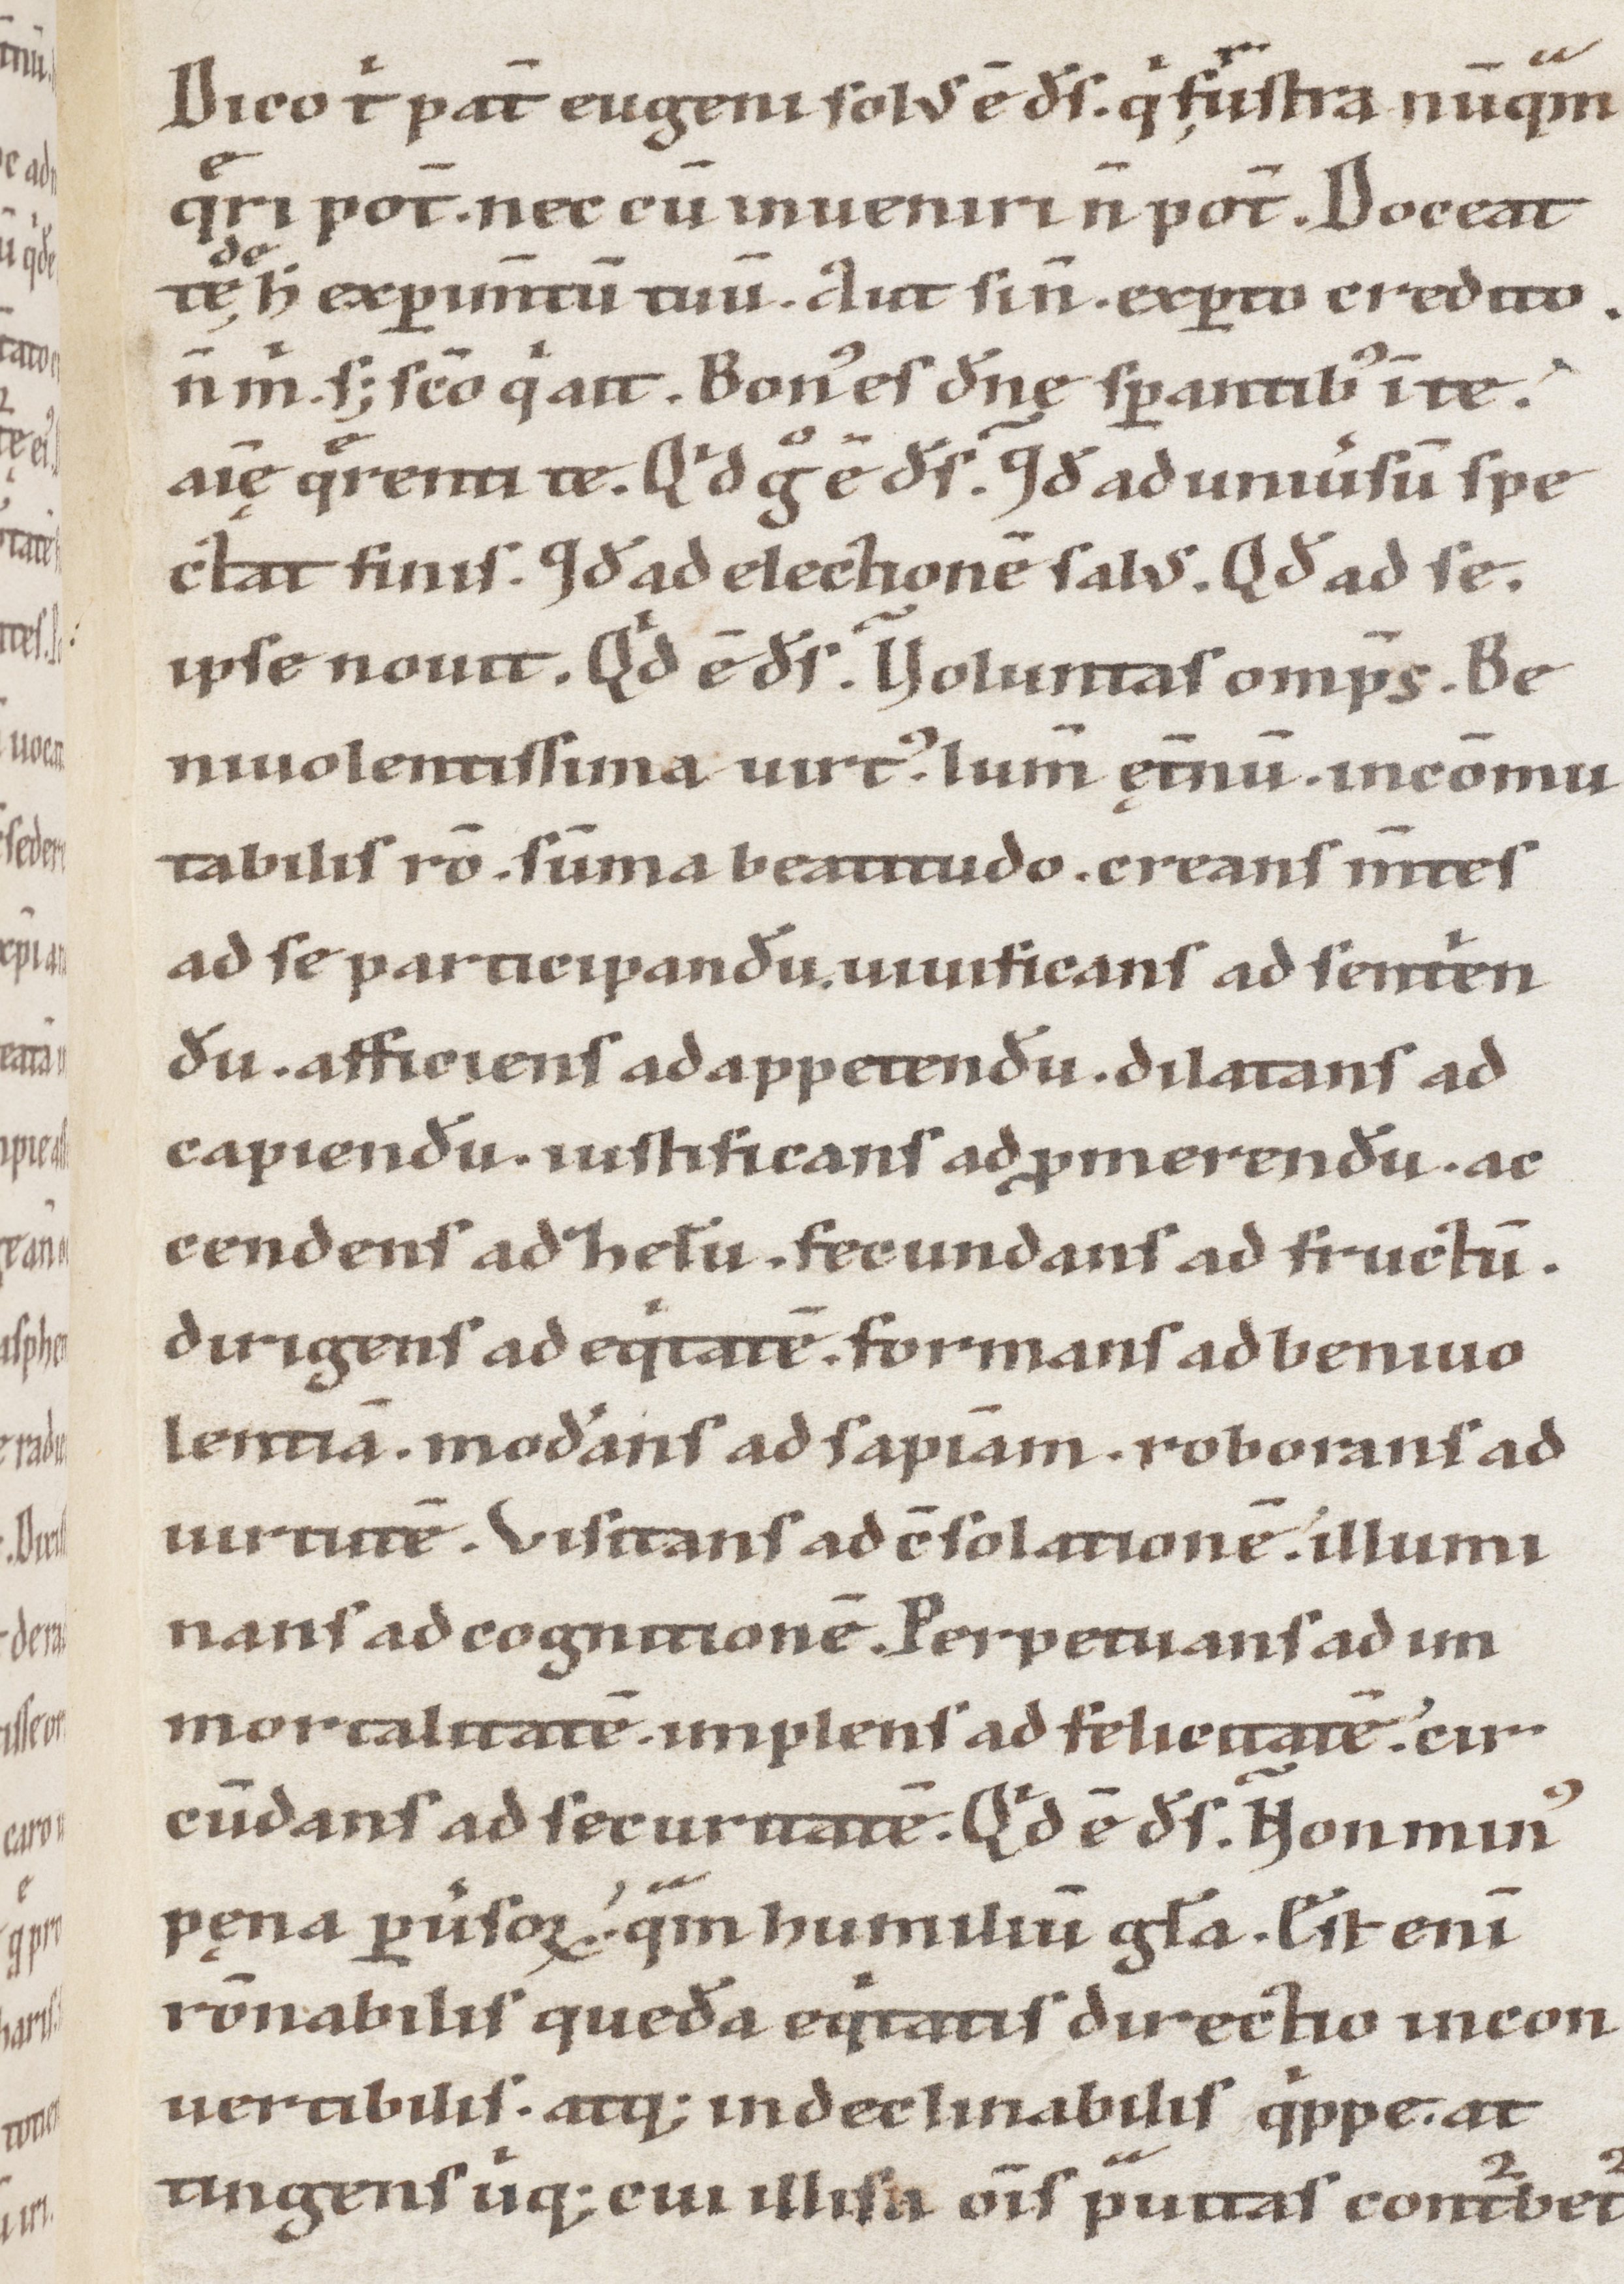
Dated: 1100–1199